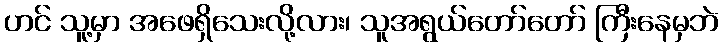
ဟင် သူ့မှာ အဖေရှိသေးလို့လား၊ သူအရွယ်တော်တော် ကြီးနေမှဘဲ